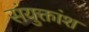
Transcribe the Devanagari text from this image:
संयुक्तांश